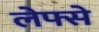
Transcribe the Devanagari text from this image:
लेफ्से